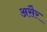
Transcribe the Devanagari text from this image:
असैर